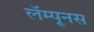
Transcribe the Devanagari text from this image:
लॅम्पूनस